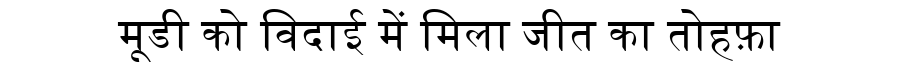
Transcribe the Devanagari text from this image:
मूडी को विदाई में मिला जीत का तोहफ़ा